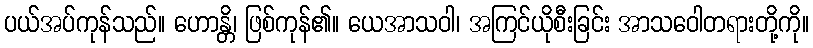
ပယ်အပ်ကုန်သည်။ ဟောန္တိ၊ ဖြစ်ကုန်၏။ ယေအာသဝါ၊ အကြင်ယိုစီးခြင်း အာသဝေါတရားတို့ကို။